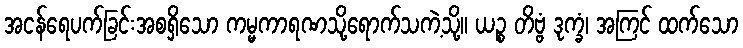
အငန်ရေပက်ခြင်းအစရှိသော ကမ္မကာရဏသို့ရောက်သကဲ့သို့။ ယဉ္စ တိဗ္ဗံ ဒုက္ခံ၊ အကြင် ထက်သော